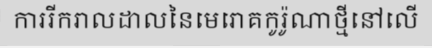
ការរីករាលដាលនៃមេរោគកូរ៉ូណាថ្មីនៅលើ